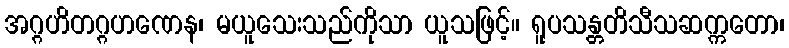
အဂ္ဂဟိတဂ္ဂဟဏေန၊ မယူသေးသည်ကိုသာ ယူသဖြင့်။ ရူပသန္တတိသီသဆက္ကတော၊